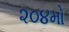
૨૦૪મો